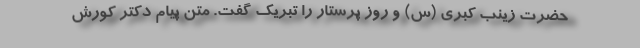
حضرت زینب کبری (س) و روز پرستار را تبریک گفت. متن پیام دکتر کورش